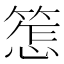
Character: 𱸒